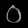
Digit: ၀